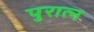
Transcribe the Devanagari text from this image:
पुरात्न